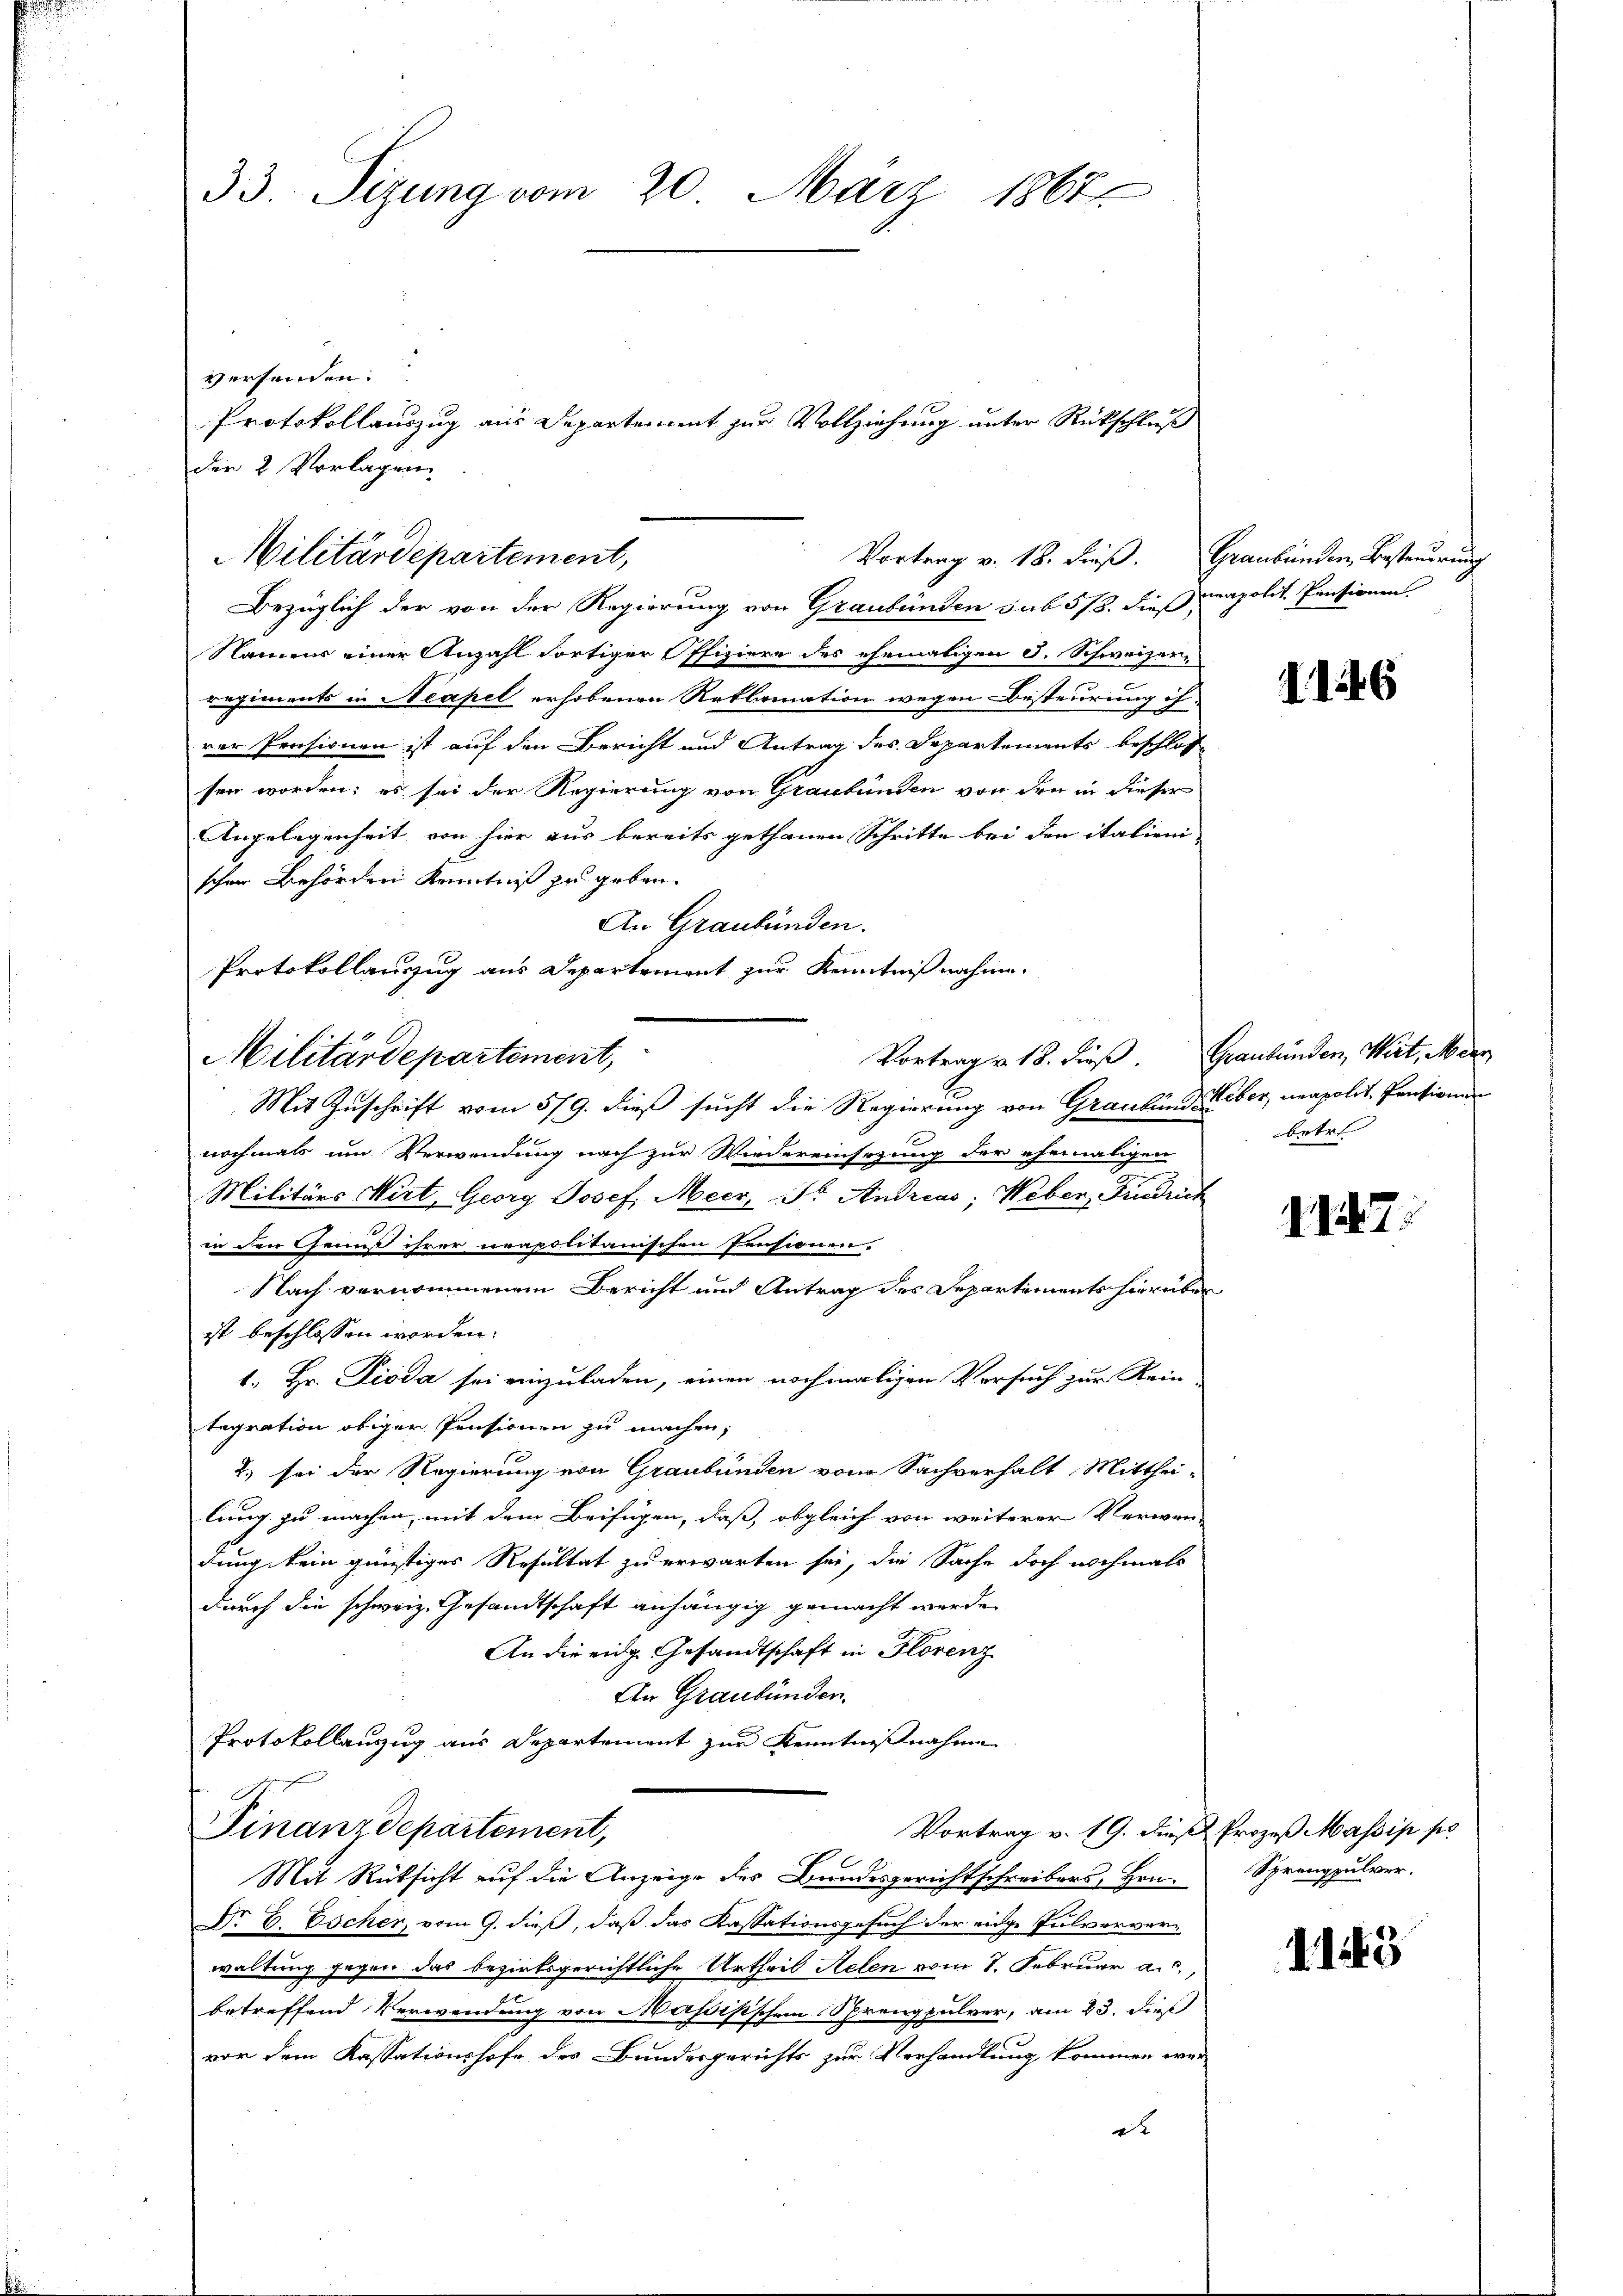
Bezüglich der von der Regierung von Graubünden sub 5/8. dieß neapolit. Pensionen
Namens einer Anzahl dortiger Offiziere des ehemaligen J. Schweizer-
regiments in Neapel erhobenen Reklamation wegen Besteurung ih-
rer Pensionen ist auf den Bericht und Antrag des Departements beschlos
sen worden; es sei der Regierung von Graubünden von den in dieser
Angelegenheit von hier aus bereits gethanen Schritte bei den italieni
schen Behörden Kenntniß zu geben.
An Graubünden.
Protokollauszug aus Departement zur Kenntnißnahme.
Vortrag v. 18. dieβ. Graubünden, Wirt, Merz
Mit Zuschrift vom 5/9. dieß sucht die Regierung von Graubündeber, neapolit. Pensionen
nochmals um Verwendung nach zur Wiedereinsezung der ehemaligen
Militärs Wirt, Georg Josef Meer, Dr. Andreas; Weber, Findruch
in den Genuß ihrer neapolitanischen Pensionen-
Nach vernommenem Bericht und Antrag des Departements hierüber
ist beschlossen worden.
1. Hr. Pioda sei einzuladen, einen nochmaligen Versuch zur Rein-
tegration obiger Pensionen zu machen,
2) sei der Regierung von Graubünden vom Sachverhalt Mitthei-
lung zu machen, mit dem Beifügen, daß, obgleich von weiterer Verwen-
dung kein günstiges Resultat zu erwarten sei, die Sache doch nochmals
durch die schweiz. Gesandtschaft anhängig gemacht werde
An die eidg. Gesandtschaft in Florenz
An Graubünden.
Protokollauszug aus Departement zur Kenntnißnahme
Finanzdepartement,
Vortrag v. 19. dieß Prozeß Massis po
Mit Rüksicht auf die Anzeige des Bundesgerichtschreibers, Hrn.
Dr. C. Escher, vom 9. dieß, daß das Kassationsgesuch der eidge Pulververwaltung gegen das bezirksgerichtliche Urtheil Helen vom 1. Februar a.c.,
betreffend Verwendung von Maßisischen Sprengpulver, am 23. dieß
von dem Kassationshofe des Bundesgerichts zur Verhandlung kommen wer
de

33. Sizung vom 20. März 1867
versenden.
Protokollauszug aus Departement zur Vollziehung unter Rückschluß
der 2 Vorlagen

Militärdepartement,

Militärdepartement,
Vortrag v. 18. dieβ. Graubünden Besteuerung

116

betr.

1. d. 7.

Sprengpulver.

1143